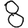
Digit: 8